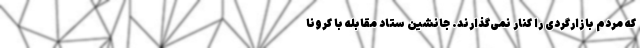
که مردم بازارگردی را کنار نمی‌گذارند. جانشین ستاد مقابله با کرونا